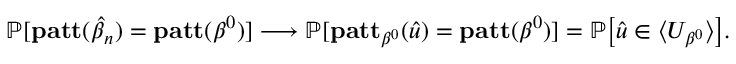
\mathbb { P } [ \mathbf { p a t t } ( \boldsymbol { \hat { \beta } } _ { n } ) = \mathbf { p a t t } ( \beta ^ { 0 } ) ] \longrightarrow \mathbb { P } [ \mathbf { p a t t } _ { \beta ^ { 0 } } ( \boldsymbol { \hat { u } } ) = \mathbf { p a t t } ( \beta ^ { 0 } ) ] = \mathbb { P } \big [ \boldsymbol { \hat { u } } \in \langle U _ { \beta ^ { 0 } } \rangle \big ] .